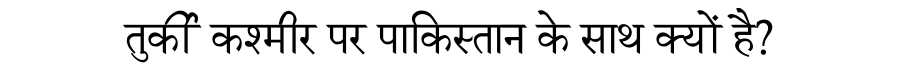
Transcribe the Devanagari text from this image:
तुर्की कश्मीर पर पाकिस्तान के साथ क्यों है?